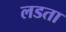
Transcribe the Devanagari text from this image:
लडता